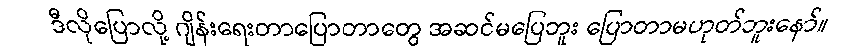
ဒီလိုပြောလို့ ဂျိန်းရေးတာပြောတာတွေ အဆင်မပြေဘူး ပြောတာမဟုတ်ဘူးနော်။